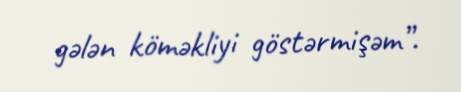
gələn köməkliyi göstərmişəm”.